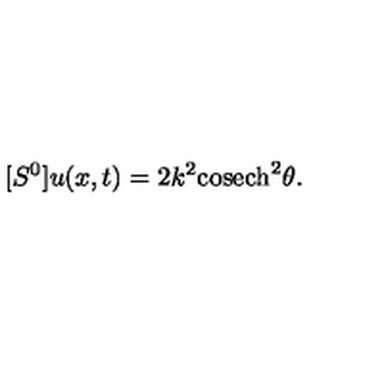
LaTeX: [ S ^ { 0 } ] u ( x , t ) = 2 k ^ { 2 } \mathrm { c o s e c h } ^ { 2 } \theta .